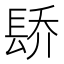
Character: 𬮄